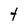
Character: t